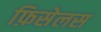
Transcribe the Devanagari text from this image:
फ़िसेलस